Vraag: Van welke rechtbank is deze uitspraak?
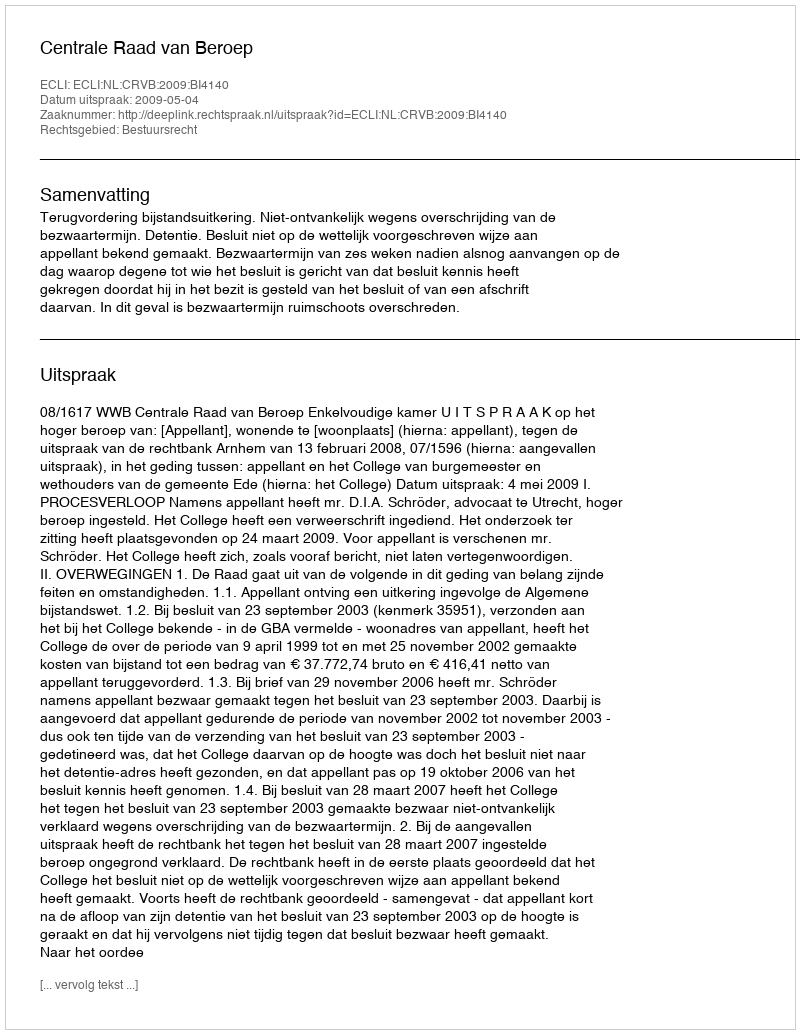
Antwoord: Centrale Raad van Beroep